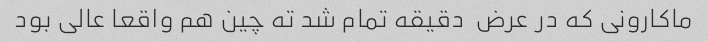
ماکارونی که در عرض  دقیقه تمام شد ته چین هم واقعا عالی بود